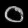
Digit: ၀